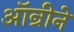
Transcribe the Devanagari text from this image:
ऑन्रीने